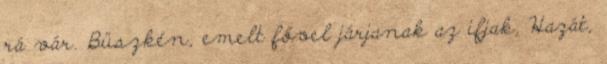
rá vár. Büszkén, emelt fővel járjanak az ifjak, Hazát,